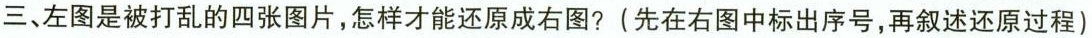
三、左图是被打乱的四张图片，怎样才能还原成右图？(先在右图中标出序号，再叙述还原过程)